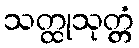
သတ္ထုသုတ္တံ